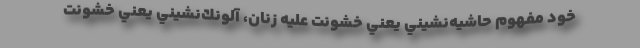
خود مفهوم حاشيه‌نشيني يعني خشونت عليه زنان، آلونك‌نشيني يعني خشونت